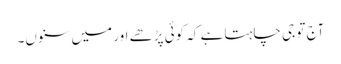
آج تو جی چاہتا ہے کہ کوئی پڑھے اور میں سنوں۔